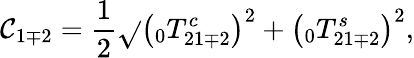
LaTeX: \mathcal{C}_{1\mp2}=\frac{{1}}{{2}}\sqrt{}{{\left(\phantom{}_{0}T_{21\mp2}^{c}\right)^{2}+\left(\phantom{}_{0}T_{21\mp2}^{s}\right)^{2}}},